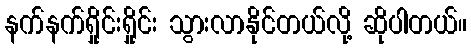
နက်နက်ရှိုင်းရှိုင်း သွားလာနိုင်တယ်လို့ ဆိုပါတယ်။